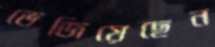
ভেজিয়েছেন